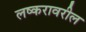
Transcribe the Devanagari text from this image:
लष्करावरील